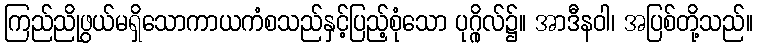
ကြည်ညိုဖွယ်မရှိသောကာယကံစသည်နှင့်ပြည့်စုံသော ပုဂ္ဂိုလ်၌။ အာဒီနဝါ၊ အပြစ်တို့သည်။